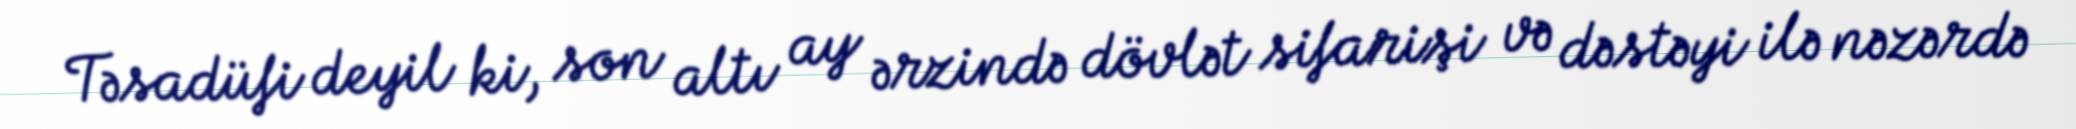
Təsadüfi deyil ki, son altı ay ərzində dövlət sifarişi və dəstəyi ilə nəzərdə